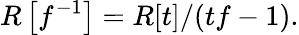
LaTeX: R\left[f^{-1}\right]=R[t]/(tf-1).